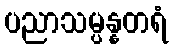
ပညာသမ္ပန္နတရံ